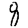
Digit: 8